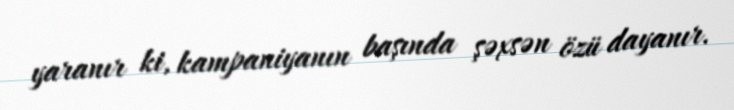
yaranır ki, kampaniyanın başında şəxsən özü dayanır.